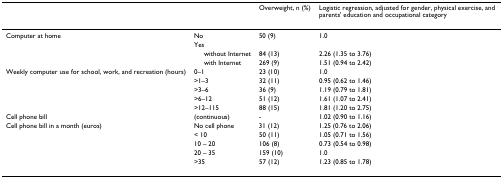
<table><thead><tr><td></td><td></td><td><b>Overweight, n (%)</b></td><td><b>Logistic regression, adjusted for gender, physical exercise, and parents&#x27; education and occupational category</b></td></tr></thead><tbody><tr><td>Computer at home</td><td>No</td><td>50 (9)</td><td>1.0</td></tr><tr><td></td><td>Yes</td><td></td><td></td></tr><tr><td></td><td> without Internet</td><td>84 (13)</td><td>2.26 (1.35 to 3.76)</td></tr><tr><td></td><td> with Internet</td><td>269 (9)</td><td>1.51 (0.94 to 2.42)</td></tr><tr><td>Weekly computer use for school, work, and recreation (hours)</td><td>0–1</td><td>23 (10)</td><td>1.0</td></tr><tr><td></td><td>&gt;1–3</td><td>32 (11)</td><td>0.95 (0.62 to 1.46)</td></tr><tr><td></td><td>&gt;3–6</td><td>36 (9)</td><td>1.19 (0.79 to 1.81)</td></tr><tr><td></td><td>&gt;6–12</td><td>51 (12)</td><td>1.61 (1.07 to 2.41)</td></tr><tr><td></td><td>&gt;12–115</td><td>88 (15)</td><td>1.81 (1.20 to 2.75)</td></tr><tr><td>Cell phone bill</td><td>(continuous)</td><td>-</td><td>1.02 (0.90 to 1.16)</td></tr><tr><td>Cell phone bill in a month (euros)</td><td>No cell phone</td><td>31 (12)</td><td>1.25 (0.76 to 2.06)</td></tr><tr><td></td><td>&lt; 10</td><td>50 (11)</td><td>1.05 (0.71 to 1.56)</td></tr><tr><td></td><td>10 – 20</td><td>106 (8)</td><td>0.73 (0.54 to 0.98)</td></tr><tr><td></td><td>20 – 35</td><td>159 (10)</td><td>1.0</td></tr><tr><td></td><td>&gt;35</td><td>57 (12)</td><td>1.23 (0.85 to 1.78)</td></tr></tbody></table>